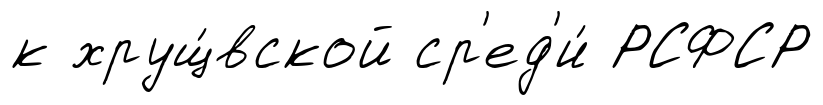
к хрущ́вской ср'ед'и́ РСФСР